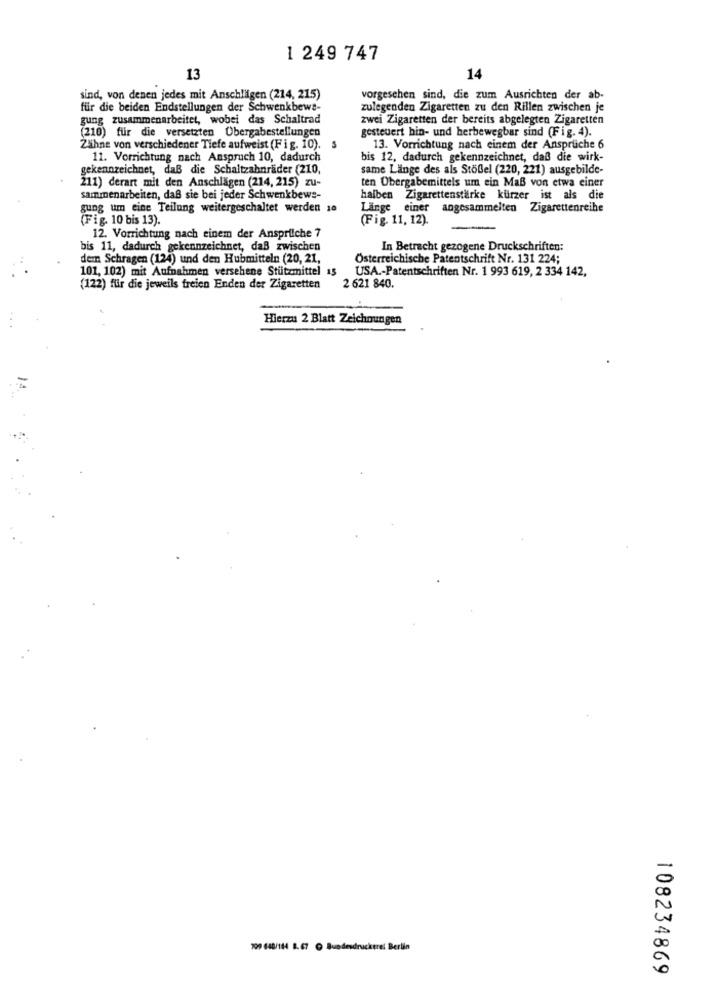
1 249 747
13
14
sind, von denen jedes mit Anschlägen (214, 21.5)
vorgesehen sind, die zum Ausrichten der ab-
für die beiden Endstellungen der Schwenkbewe-
zulegenden Zigaretten zu den Rillen zwischen je
gung zusammenarbeitet, wobei das Schaltrad
zwei Zigaretten der bereits abgelegten Zigaretten
(210) für die versetzten Übergabestellungen
gesteuert hin- und herbewegbar sind (Fig. 4).
Zähne von verschiedener Tiefe aufweist (Fig. 10).
S
13. Vorrichtung nach einem der Ansprüche 6
11. Vorrichtung nach Anspruch 10, dadurch
bis 12, dadurch gekennzeichnet, daß die wirk-
gekennzeichnet, daß die Schaltzahnräder (210,
same Länge des als Stödel (220, 221) ausgebilde-
ten Übergabemittels um ein Maß von etwa einer
211) derart mit den Anschlägen (214, 215) zu-
sammenarbeiten, daß sie bei jeder Schwenkbewe-
halben Zigarettenstärke kürzer ist als die
gung um eine Teilung weitergeschaltet werden 10
Länge einer angesammelten Zigarettenreihe
(Fig. 10 bis 13).
(Fig. 11, 12).
12. Vorrichtung nach einem der Ansprilche 7
bis 11, dadurch gekennzeichnet, daß zwischen
In Betracht gezogene Druckschriften:
dem Schragen (124) und den Hubmitteln (20, 21,
Österreichische Patentschrift Nr. 131 224;
101, 102) mit Aufnahmen versehene Stützmittel as
USA .- Patentschriften Nr. 1 993 619, 2 334 142,
(122) für die jeweils freien Enden der Zigaretten
2 621 840.
Hierzu 2 Blatt Zeichnungen
709 640/184 8. 67 @ Bundesdruckerei Berlin
108234869